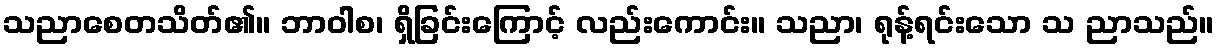
သညာစေတသိတ်၏။ ဘာဝါစ၊ ရှိခြင်းကြောင့် လည်းကောင်း။ သညာ၊ ရုန့်ရင်းသော သ ညာသည်။